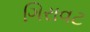
ગિરાવટ